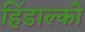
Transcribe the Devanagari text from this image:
हिंडाल्‍को